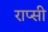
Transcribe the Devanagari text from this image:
राप्सी